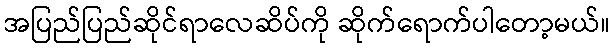
အပြည်ပြည်ဆိုင်ရာလေဆိပ်ကို ဆိုက်ရောက်ပါတော့မယ်။